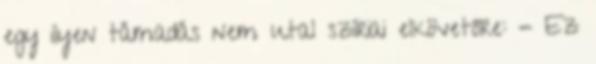
egy ilyen támadás nem utal szíriai elkövetőre: - Ez